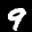
Label: 9